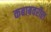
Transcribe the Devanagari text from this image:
कबाबवरील